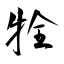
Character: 牷